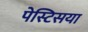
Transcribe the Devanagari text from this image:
पेस्टिसया